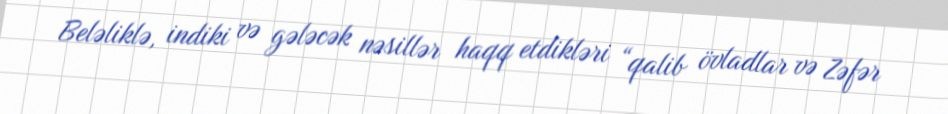
Beləliklə, indiki və gələcək nəsillər haqq etdikləri “qalib övladlar və Zəfər